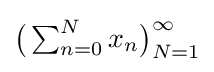
{\textstyle {\bigl (}\!\!~\sum _{n=0}^{N}x_{n}{\bigr )}_{N=1}^{\infty }}